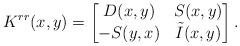
LaTeX: \begin{align*}K^{rr}(x,y)=\begin{bmatrix}D(x,y)&S(x,y)\\-S(y,x)&\tilde{I}(x,y)\end{bmatrix}.\end{align*}